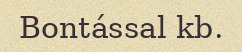
Bontással kb.